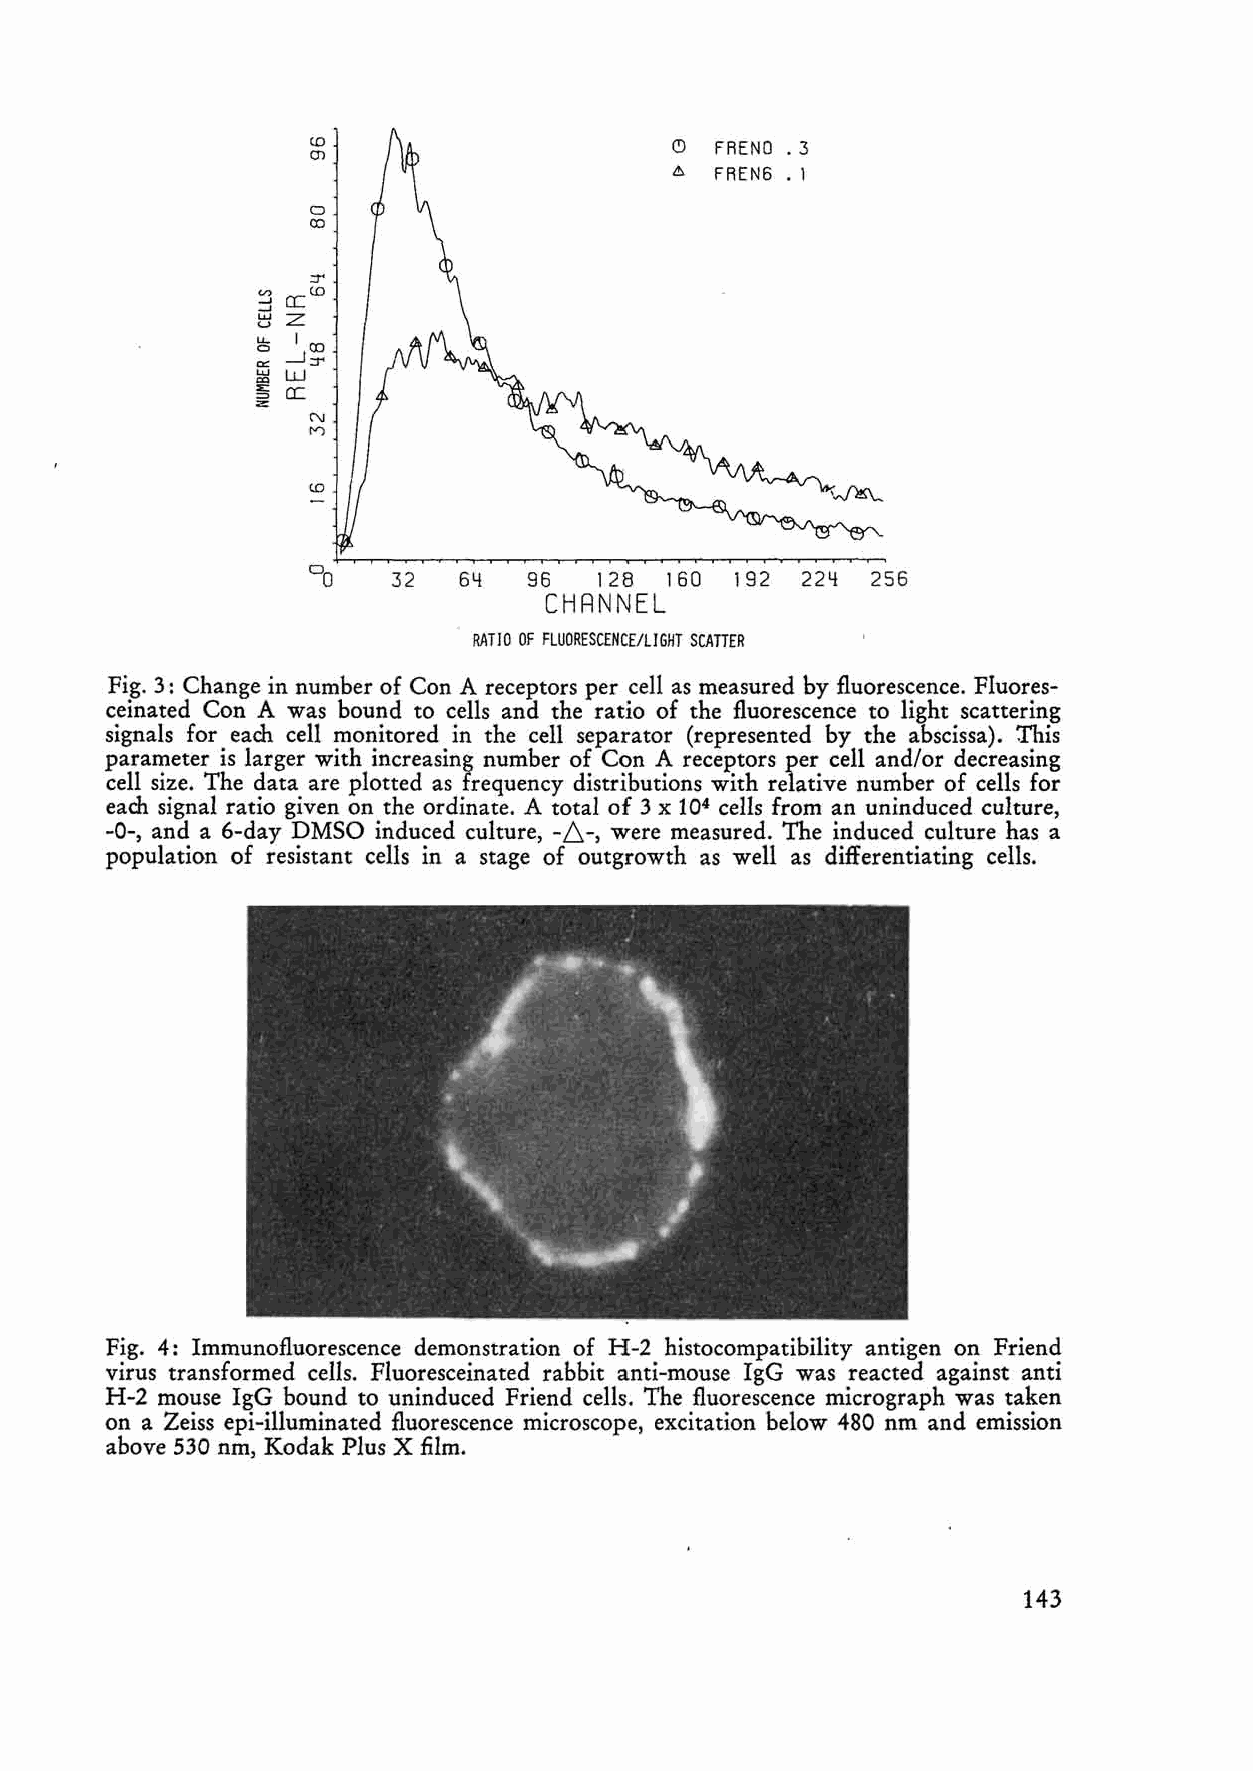
(()
 (J)
 0
 00
 ::r
 V> a:(()
 -'
 -w'
 Z
 '-'
 CCl. l. 1 00
 a:: --1::r
 w W
 <Xl
 ~= a:
 z
 N
 I"")
 (()
 32   64  96   128160192224256
 CHRNNEL
 RATIO OF FLUORESCENCE/LIGHT SCATTER
 Fig. 3: Change in number of Con A receptors per ceH as measured by fluorescence. Fluores
 ceinated Con A was bound to ceIls and the ratio of the fluorescence to light scattering
 signals for each cell monitored in the ceH separator (represented by the abscissa). This
 parameter is larger with increasing number of Con A receptors per cell and/or decreasing
 ceIl size. The data are plotted as frequency distributions with relative number of cells for
 each signal ratio given on the ordinate. A total of 3 x 104 cells from an uninduced culture,
 -0-, and a 6-day DMSO induced culture, -6.-, were measured. The induced culture has a
 population of resistant cells in a stage of outgrowth as weH as differentiating ceIls.
 Fig. 4: Immunofluorescence demonstration of H-2 histocompatibility antigen on Friend
 virus transformed cells. Fluoresceinated rabbit anti-mouse IgG was reacted against anti
 H-2 mouse IgG bound to uninduced Friend cells. The fluorescence micrograph was taken
 on a Zeiss epi-illuminated fluorescence microscope, excitation below 480 nm and emission
 above 530 nm, Kodak Plus X film.
 143